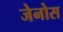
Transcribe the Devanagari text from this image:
जेनोस